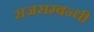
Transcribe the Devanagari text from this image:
राजसम्बन्धी